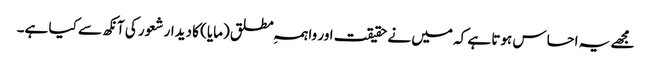
مجھے یہ احساس ہوتا ہے کہ میں نے حقیقت اور واہمہِ مطلق (مایا) کا دیدار شعور کی آنکھ سے کیا ہے۔